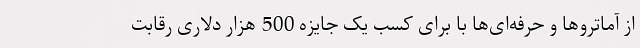
از آماتروها و حرفه‌ای‌ها با برای کسب یک جایزه 500 هزار دلاری رقابت